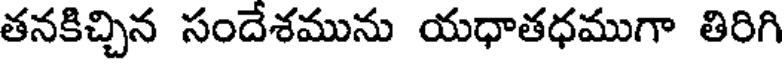
తనకిచ్చిన సందేశమును యధాతధముగా తిరిగి